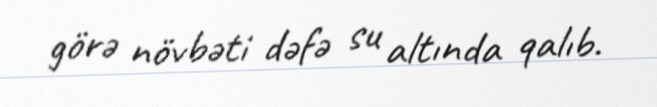
görə növbəti dəfə su altında qalıb.